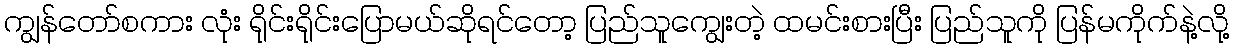
ကျွန်တော်စကား လုံး ရိုင်းရိုင်းပြောမယ်ဆိုရင်တော့ ပြည်သူကျွေးတဲ့ ထမင်းစားပြီး ပြည်သူကို ပြန်မကိုက်နဲ့လို့